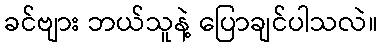
ခင်ဗျား ဘယ်သူနဲ့ ပြောချင်ပါသလဲ။